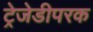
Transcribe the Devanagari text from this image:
ट्रेजेडीपरक